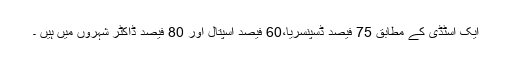
ایک اسٹڈی کے مطابق 75 فیصد ڈسپنسریا،60 فیصد اسپتال اور 80 فیصد ڈاکٹر شہروں میں ہیں ۔